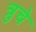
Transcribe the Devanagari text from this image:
त्रुचे